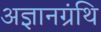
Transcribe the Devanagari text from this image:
अज्ञानग्रंथि